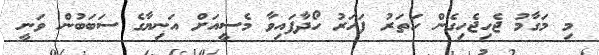
މި މަގާމު ޖެހިޖެހިގެން ހަތަރު ފަހަރު ހޯދާފައިވާ މެސީއަށް އަނިޔާގެ ސަބަބުން ވަނީ